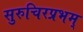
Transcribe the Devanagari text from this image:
सुरुचिरप्रभम्